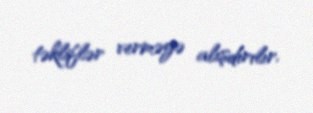
təkliflər verməyə alışdırılır.